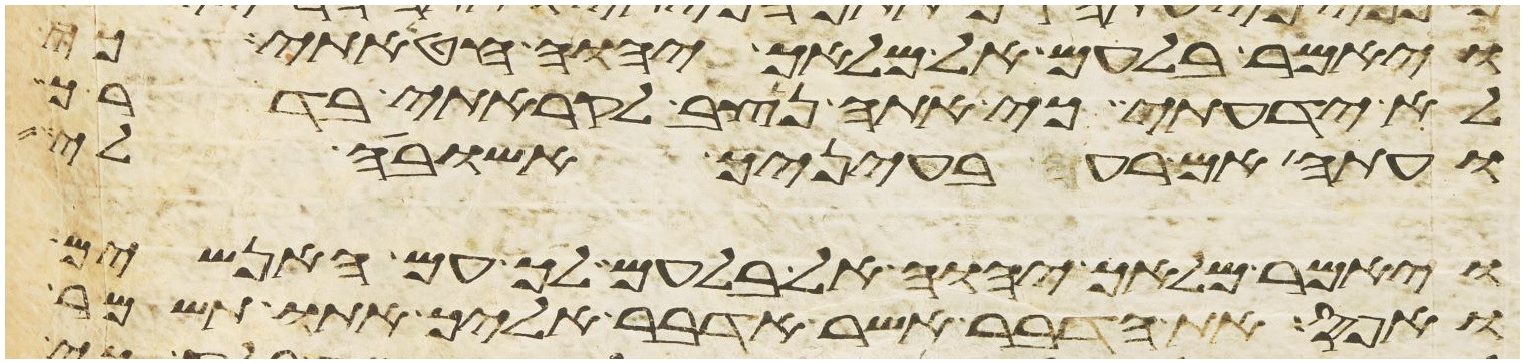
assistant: ויאמר בלעם אל מלאך יהוה חטאתי כי
לא ידעתי כי אתה נצב לקראתי בדרך
ועתה אם רעה בעיניך אשובה לי
ויאמר מלאך יהוה אל בלעם לך עם האנשים
ואפס את הדבר אשר אדבר אליך אתו תשמר